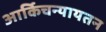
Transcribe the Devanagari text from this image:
आर्किचन्यायतन